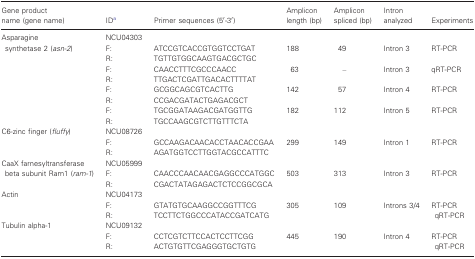
<table><thead><tr><td><b>Gene product name (gene name)</b></td><td><b>IDa</b></td><td><b>Primer sequences (5′‐3′)</b></td><td><b>Amplicon length (bp)</b></td><td><b>Amplicon spliced (bp)</b></td><td><b>Intron analyzed</b></td><td><b>Experiments</b></td></tr></thead><tbody><tr><td rowspan="9">Asparagine synthetase 2 (<i>asn‐2</i>)</td><td>NCU04303</td><td></td><td></td><td></td><td></td><td></td></tr><tr><td>F:</td><td>ATCCGTCACCGTGGTCCTGAT</td><td>188</td><td>49</td><td>Intron 3</td><td>RT‐PCR</td></tr><tr><td>R:</td><td>TGTTGTGGCAAGTGACGCTGC</td><td></td><td></td><td></td><td></td></tr><tr><td>F:</td><td>CAACCTTTCGCCCAACC</td><td>63</td><td>–</td><td>Intron 3</td><td>qRT‐PCR</td></tr><tr><td>R:</td><td>TTGACTCGATTGACACTTTTAT</td><td></td><td></td><td></td><td></td></tr><tr><td>F:</td><td>GCGGCAGCGTCACTTG</td><td>142</td><td>57</td><td>Intron 4</td><td>RT‐PCR</td></tr><tr><td>R:</td><td>CCGACGATACTGAGACGCT</td><td></td><td></td><td></td><td></td></tr><tr><td>F:</td><td>TGCGGATAAGACGATGGTTG</td><td>182</td><td>112</td><td>Intron 5</td><td>RT‐PCR</td></tr><tr><td>R:</td><td>TGCCAAGCGTCTTGTTTCTA</td><td></td><td></td><td></td><td></td></tr><tr><td rowspan="3">C6‐zinc finger (<i>fluffy</i>)</td><td>NCU08726</td><td></td><td></td><td></td><td></td><td></td></tr><tr><td>F:</td><td>GCCAAGACAACACCTAACACCGAA</td><td>299</td><td>149</td><td>Intron 1</td><td>RT‐PCR</td></tr><tr><td>R:</td><td>AGATGGTCCTTGGTACGCCATTTC</td><td></td><td></td><td></td><td></td></tr><tr><td rowspan="3">CaaX farnesyltransferase beta subunit Ram1 (<i>ram‐1</i>)</td><td>NCU05999</td><td></td><td></td><td></td><td></td><td></td></tr><tr><td>F:</td><td>CAACCCAACAACGAGGCCCATGGC</td><td>503</td><td>313</td><td>Intron 3</td><td>RT‐PCR</td></tr><tr><td>R:</td><td>CGACTATAGAGACTCTCCGGCGCA</td><td></td><td></td><td></td><td></td></tr><tr><td rowspan="3">Actin</td><td>NCU04173</td><td></td><td></td><td></td><td></td><td></td></tr><tr><td>F:</td><td>GTATGTGCAAGGCCGGTTTCG</td><td>305</td><td>109</td><td>Introns 3/4</td><td rowspan="2">RT‐PCRqRT‐PCR</td></tr><tr><td>R:</td><td>TCCTTCTGGCCCATACCGATCATG</td><td></td><td></td><td></td></tr><tr><td rowspan="3">Tubulin alpha‐1</td><td>NCU09132</td><td></td><td></td><td></td><td></td><td></td></tr><tr><td>F:</td><td>CCTCGTCTTCCACTCCTTCGG</td><td>445</td><td>190</td><td>Intron 4</td><td rowspan="2">RT‐PCRqRT‐PCR</td></tr><tr><td>R:</td><td>ACTGTGTTCGAGGGTGCTGTG</td><td></td><td></td><td></td></tr></tbody></table>